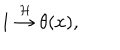
1 \stackrel { { \cal H } } { \rightarrow } \theta ( x ) ,